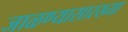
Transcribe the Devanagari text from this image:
जाळण्यासारख्या